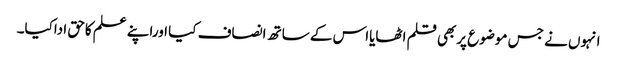
انہوں نے جس موضوع پربھی قلم اٹھایااس کے ساتھ انصاف کیا اوراپنے علم کاحق اداکیا۔